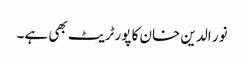
نور الدین خان کا پورٹریٹ بھی ہے۔